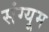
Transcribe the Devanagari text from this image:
संग्यूम